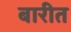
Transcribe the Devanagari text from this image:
बारीत